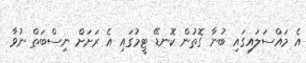
އެ މައްސަލައިގައި ބުނާ ގޮތުން ކޮނޑޭ ޓީމުގައި އެ ރަށަށް ނިސްބަތް ނުވާ